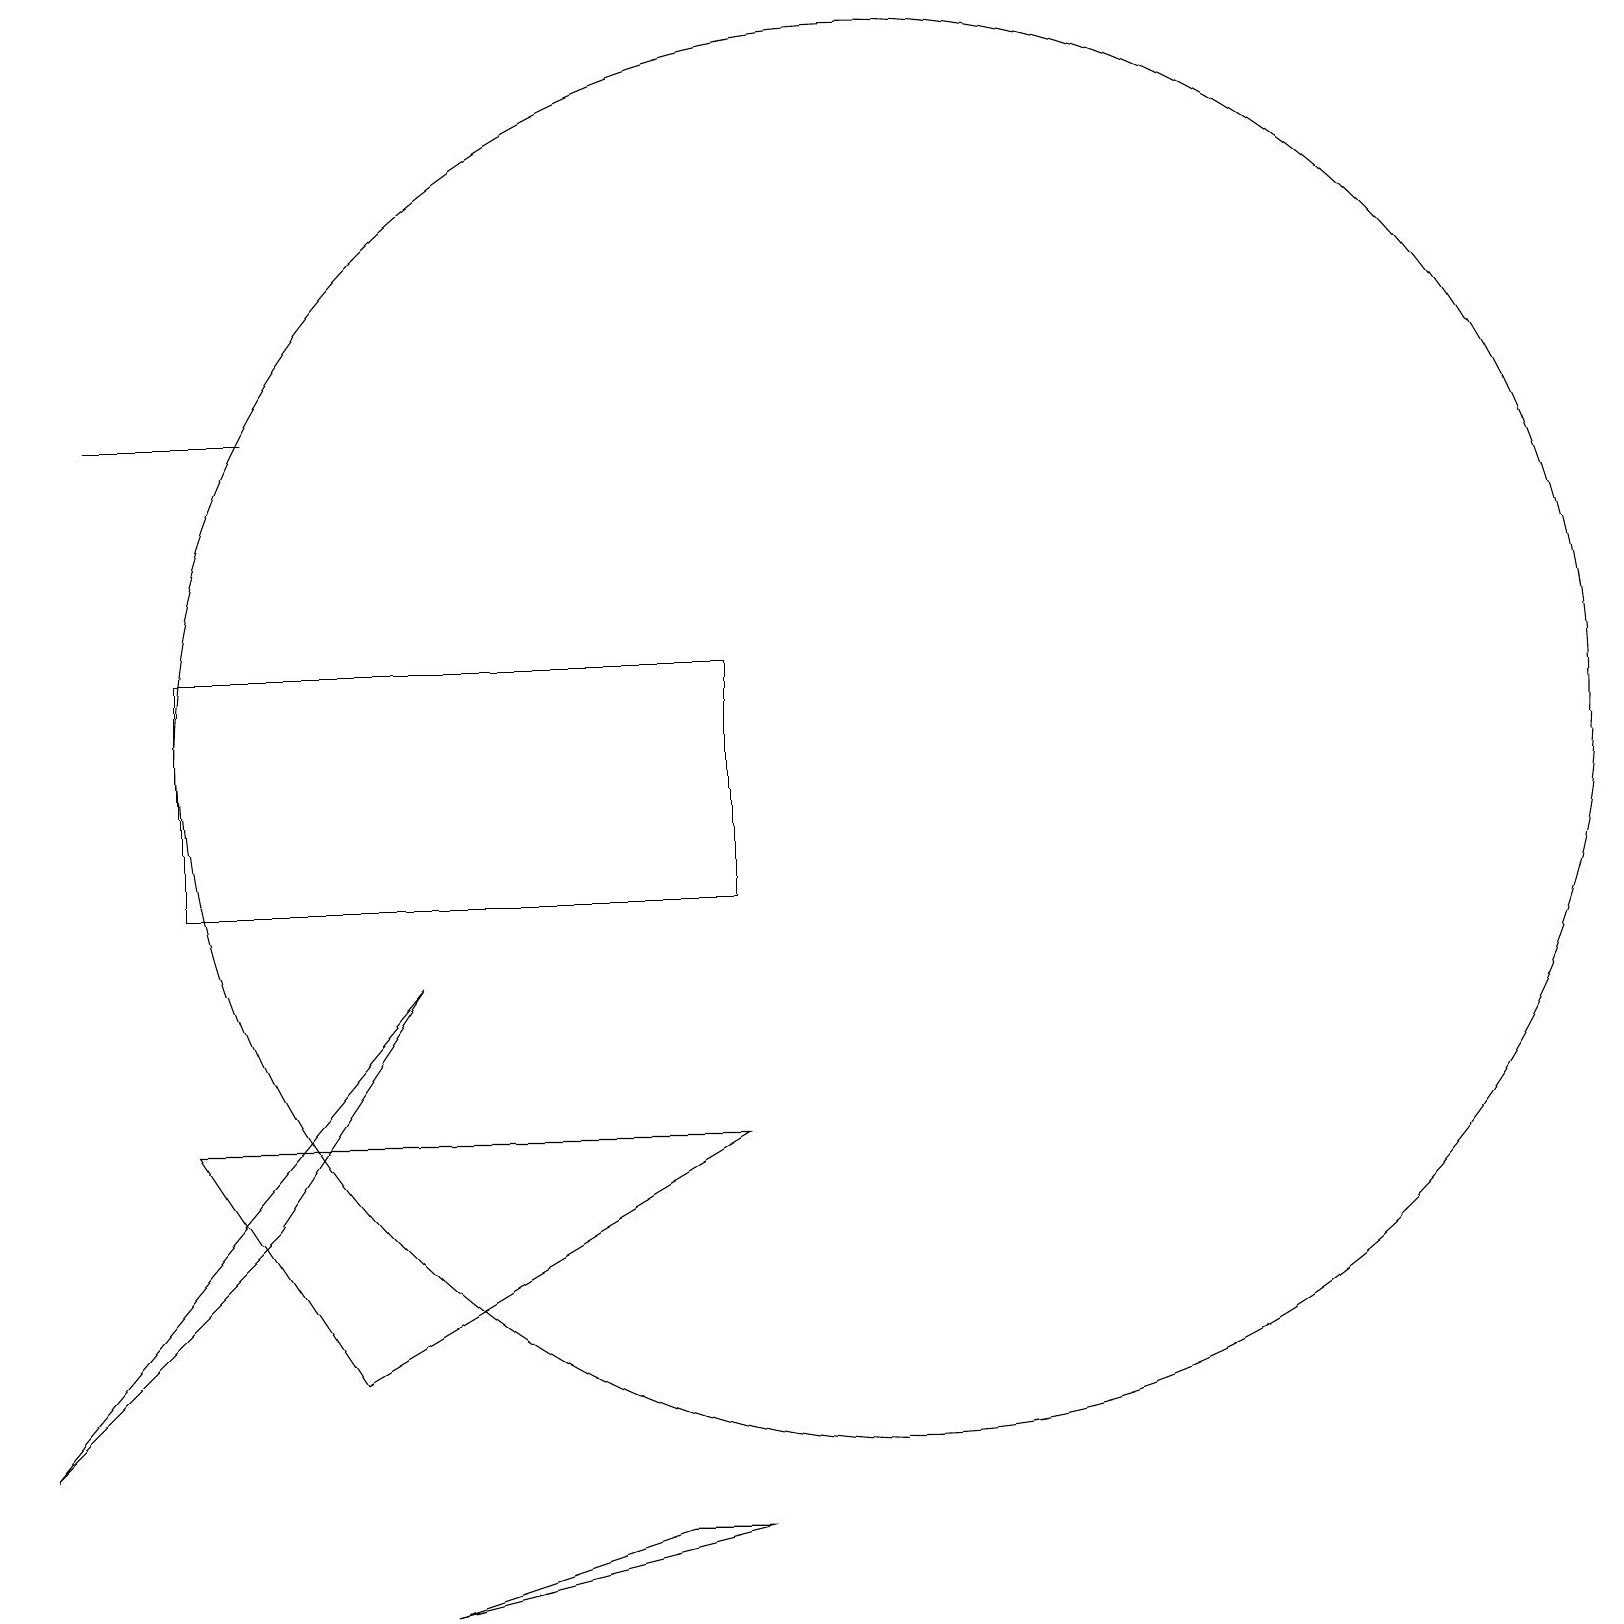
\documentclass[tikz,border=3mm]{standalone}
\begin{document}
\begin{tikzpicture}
\draw (9,10) rectangle (2,13);
\draw (5,1) -- (9,2) -- (8,2) -- cycle;
\draw (3,16) rectangle (1,16);
\draw (3,6) -- (5,9) -- (0,3) -- cycle;
\draw (4,4) -- (2,7) -- (9,7) -- cycle;
\draw (11,12) circle (9);
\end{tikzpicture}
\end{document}